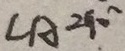
\angle A = 9 0 ^ { \circ }